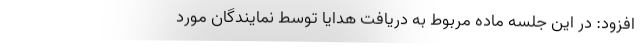
افزود: در این جلسه ماده مربوط به دریافت هدایا توسط نمایندگان مورد